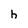
Character: h